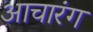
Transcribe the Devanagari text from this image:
आचारंग